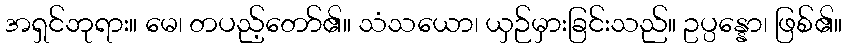
အရှင်ဘုရား။ မေ၊ တပည့်တော်၏။ သံသယော၊ ယှဉ်မှားခြင်းသည်။ ဥပ္ပန္နော၊ ဖြစ်၏။